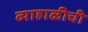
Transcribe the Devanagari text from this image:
व्याहाळीची